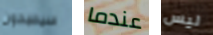
سيصبحون عندما ليس